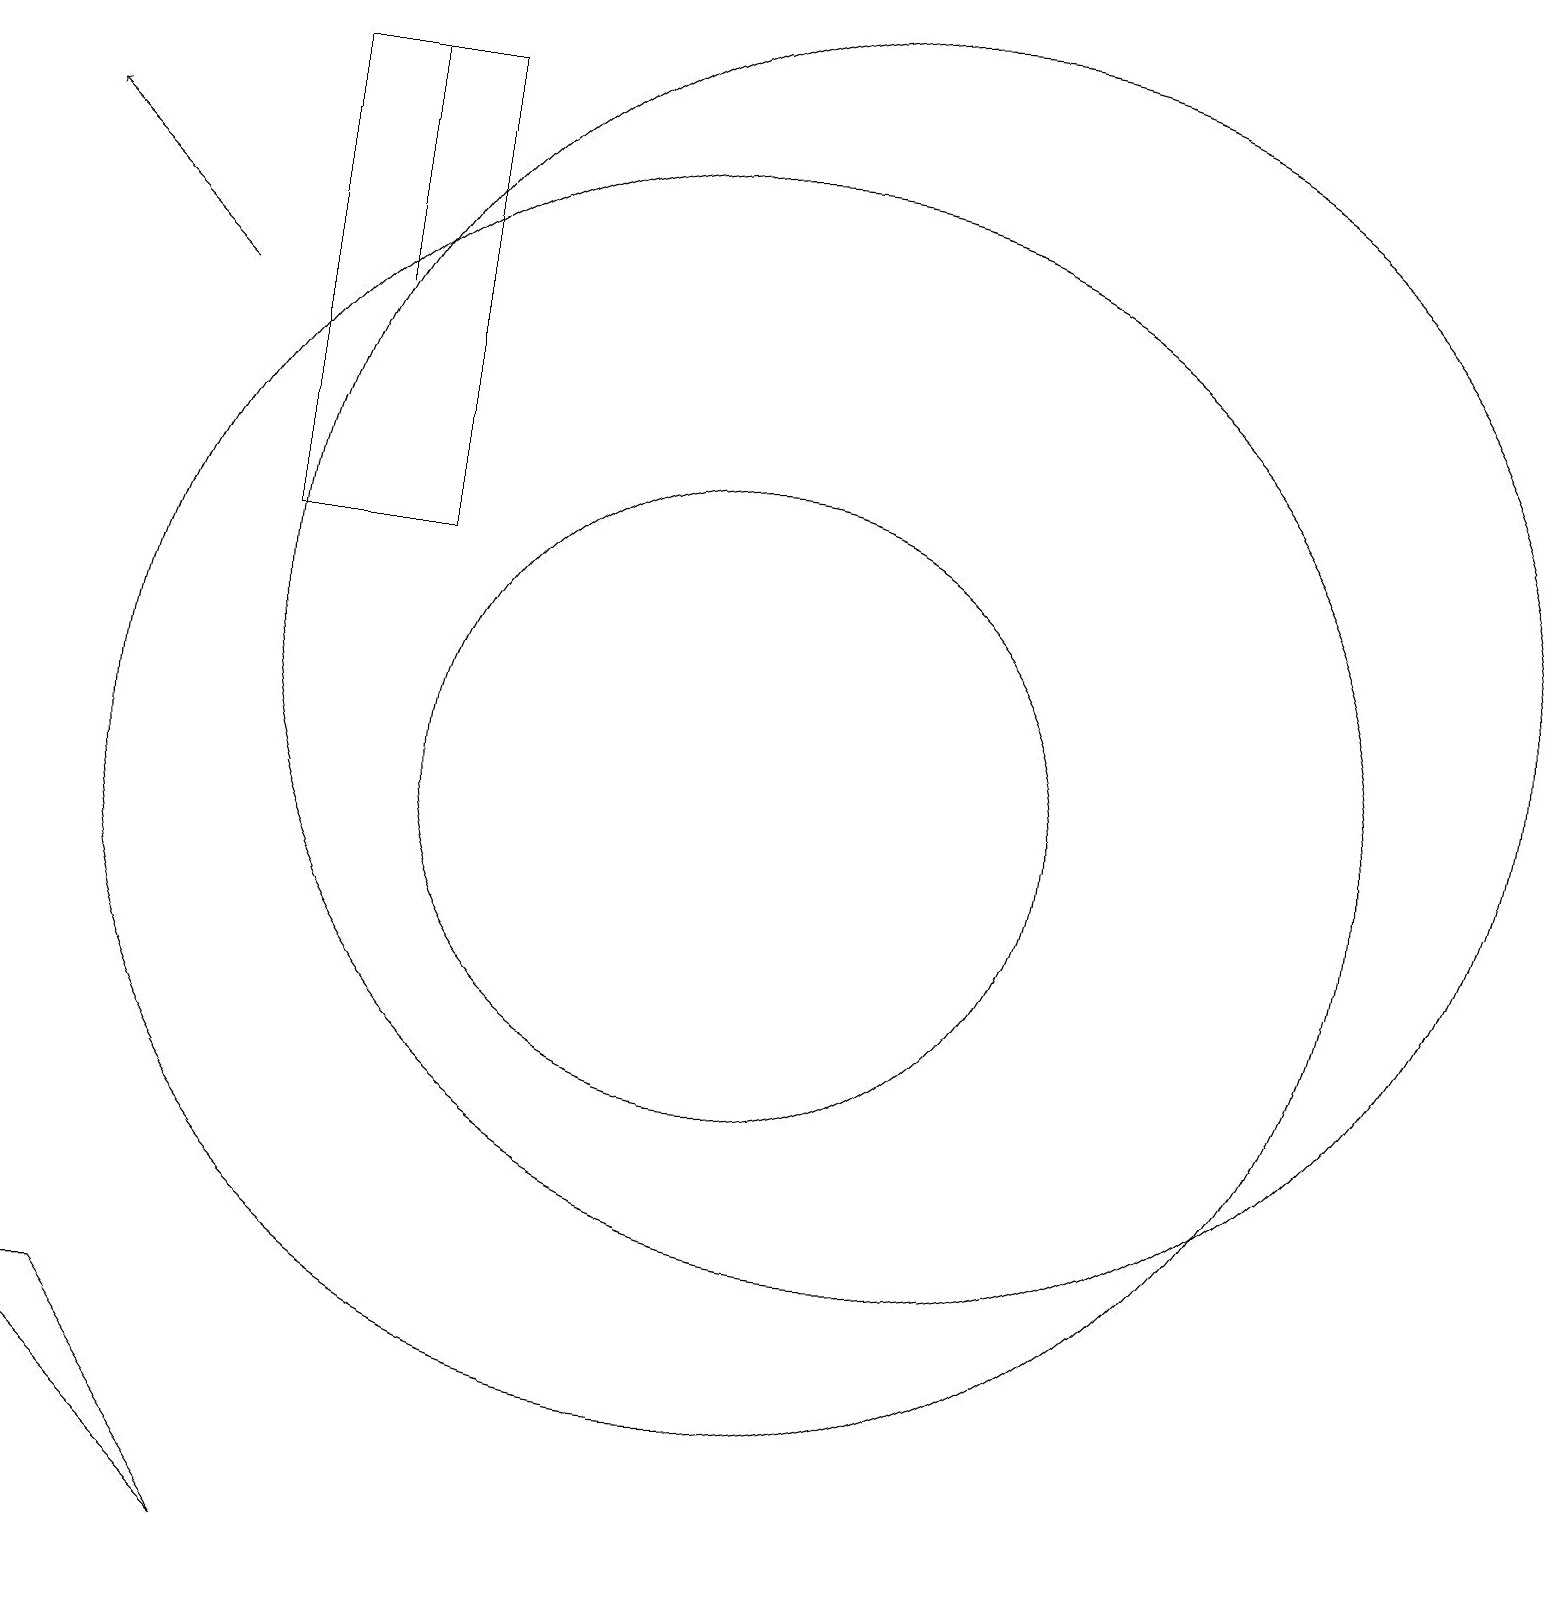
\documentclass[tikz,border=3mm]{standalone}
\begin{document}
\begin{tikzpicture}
\draw (10,10) circle (8);
\draw (5,19) rectangle (5,16);
\draw (6,19) rectangle (4,13);
\draw[->] (3,16) -- (1,18);
\draw (4,0) -- (2,3) -- (1,3) -- cycle;
\draw (10,10) circle (4);
\draw (12,12) circle (8);
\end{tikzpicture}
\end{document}